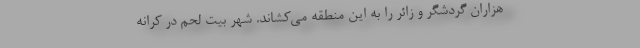
هزاران گردشگر و زائر را به این منطقه می‌کشاند. شهر بیت لحم در کرانه